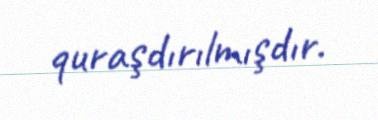
quraşdırılmışdır.